Vaccination North-Western Provinces 1866-1877 - 1866-1877
Year: 1866
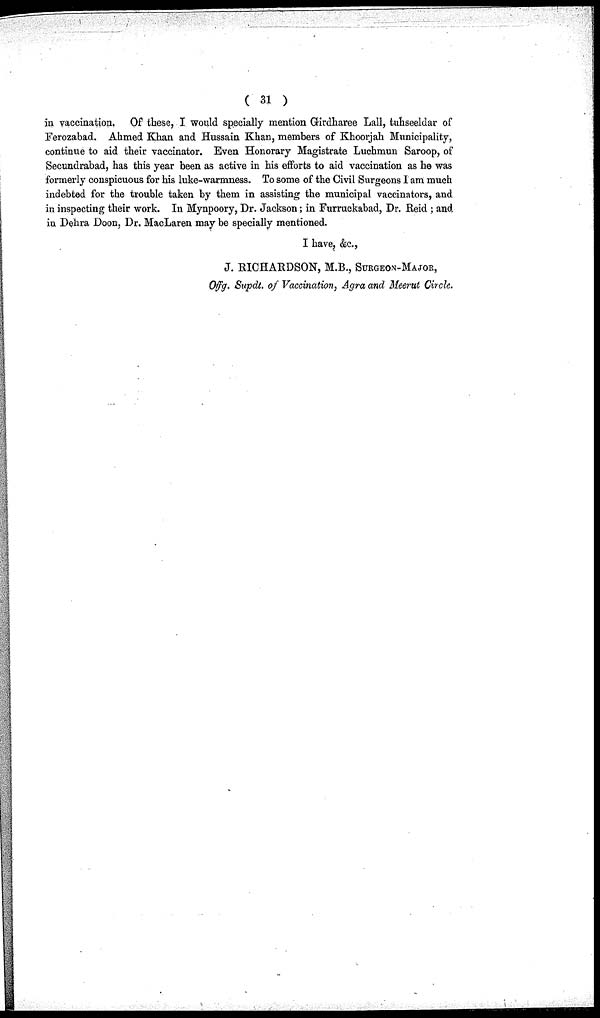
( 31 )
in vaccination, Of these, I would specially mention Girdharee Lall, tuhseeldar of
Ferozabad. Ahmed Khan and Hussain Khan, members of Khoorjah Municipality,
continue to aid their vaccinator. Even Honorary Magistrate Luchmun Saroop, of
Secundrabad, has this year been as active in his efforts to aid vaccination as he was
formerly conspicuous for his luke-warmness. To some of the Civil Surgeons I am much
indebted for the trouble taken by them in assisting the municipal vaccinators, and
in inspecting their work. In Mynpoory, Dr. Jackson; in Furruckabad, Dr. Reid ; and
in Dehra Doon, Dr. MacLaren may be specially mentioned.
I have, &c.,
J. RICHARDSON, M.B., SURGEON-MAJOR,
Offg. Supdt. of Vaccination, Agra and Meerut Circle.